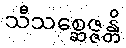
သီသစ္ဆေဇ္ဇန္တိ